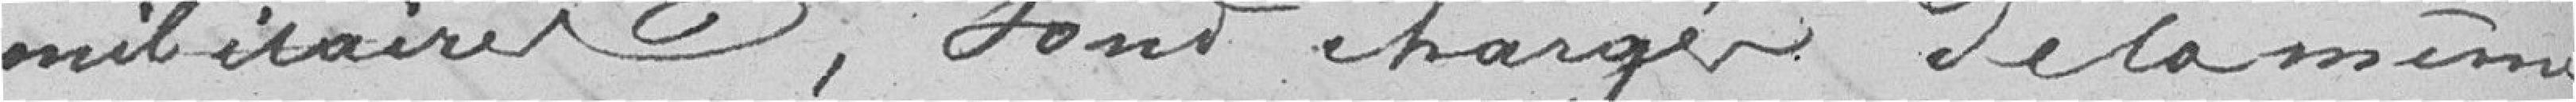
militaire, sont chargés de la même